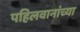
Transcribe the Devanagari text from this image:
पहिलवानांच्या